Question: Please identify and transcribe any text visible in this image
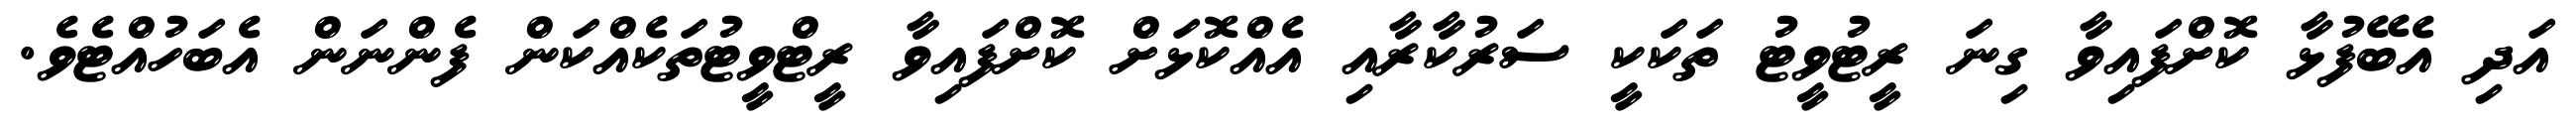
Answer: އަދި އެބޭފުޅާ ކޮށްފައިވާ ގިނަ ރީޓުވީޓު ތަކަކީ ސަރުކާރާއި އެއްކޮޅަށް ކޮށްފައިވާ ރީޓްވީޓުތަކެއްކަން ފެންނަން އެބަހުއްޓެވެ.